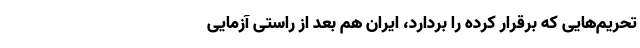
تحریم‌هایی که برقرار کرده را بردارد، ایران هم بعد از راستی آزمایی